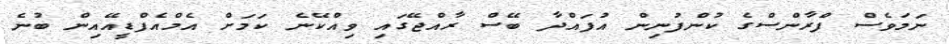
ނަމަވެސް ފްރާންސްގެ ކުންފުނިން އުފައްދާ ބޭސް ރާއްޖޭގައި ވިއްކޭނެ ކަމަށް އެމްއެފްޑީއޭއިން ބުނެ